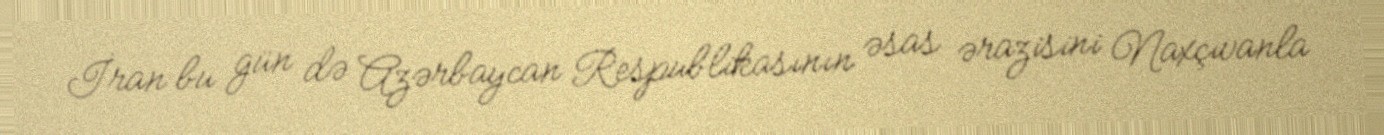
İran bu gün də Azərbaycan Respublikasının əsas ərazisini Naxçıvanla